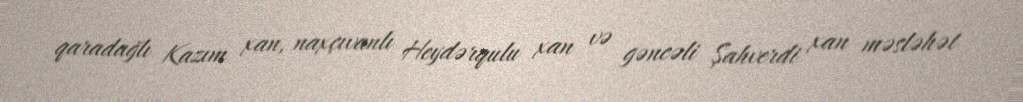
qaradağlı Kazım xan, naxçıvanlı Heydərqulu xan və gəncəli Şahverdi xan məsləhət